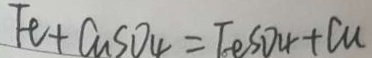
F e + C u S O _ { 4 } = F e S O _ { 4 } + C u